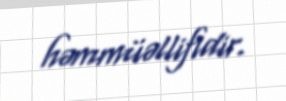
həmmüəllifidir.